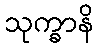
သုက္ခာနိ